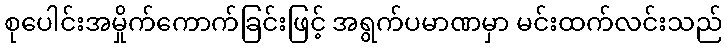
စုပေါင်းအမှိုက်ကောက်ခြင်းဖြင့် အရွက်ပမာဏမှာ မင်းထက်လင်းသည်